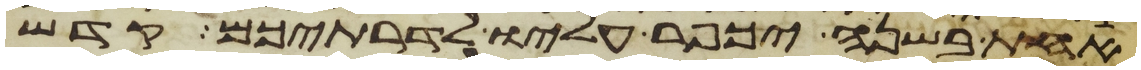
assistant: אחת בשנה יכפר עליו לדרתיכם קדש